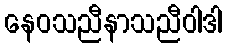
နေဝသညီနာသညီဝါဒါ